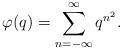
LaTeX: \begin{align*} \varphi (q) = \sum_{n=-\infty}^{\infty} q^{n^2}.\end{align*}